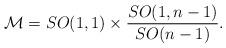
LaTeX: \begin{align*}{\cal M}= {SO(1,1)} \times {SO(1, n-1)\over SO(n-1)}.\end{align*}